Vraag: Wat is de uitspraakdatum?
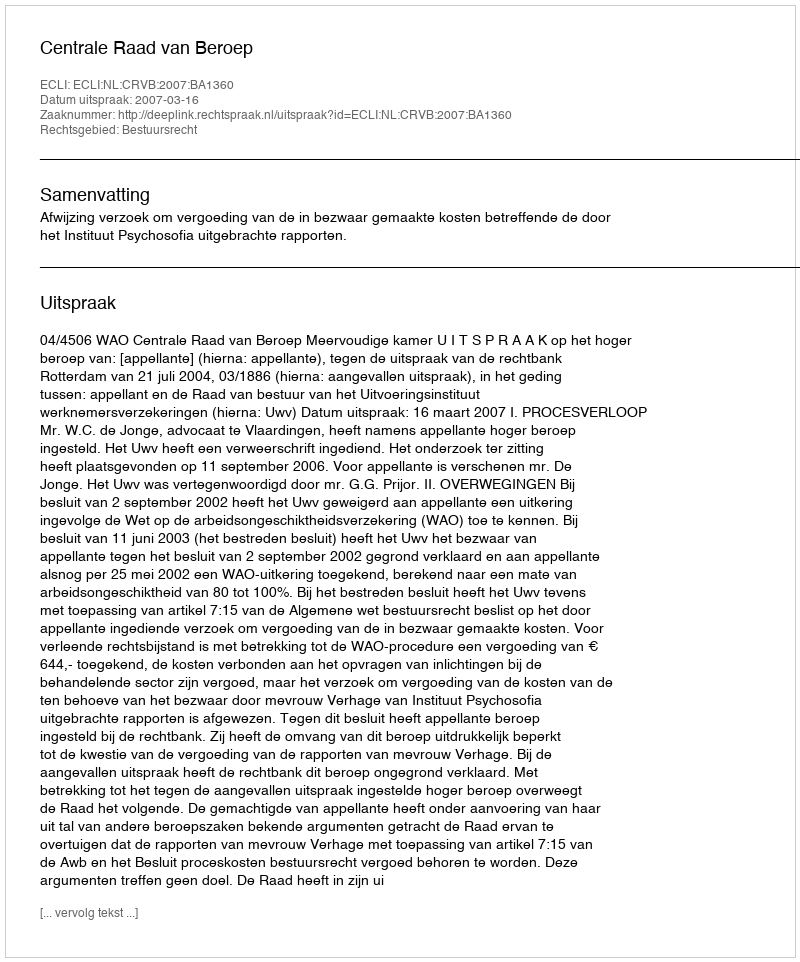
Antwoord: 2007-03-16